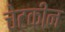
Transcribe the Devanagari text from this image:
चेटकीन